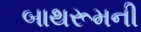
બાથરૂમની